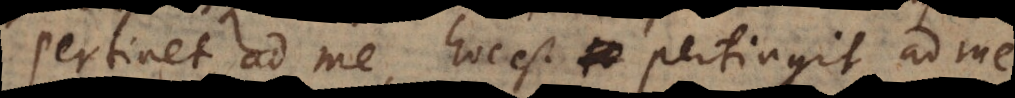
Pertinet ad me, hoc est pertingit ad me,